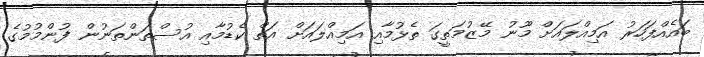
ބައެއްފަހަރު އަމިއްލައަށް މޫނު މޭޒުމަތީގަ ތެޅުމާއި އަމިއްލައަށް އަތް ކެޑުމާއި އުސްތަންތަނުން ފުންމުމުގެ